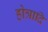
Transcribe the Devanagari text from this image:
होत्रादि